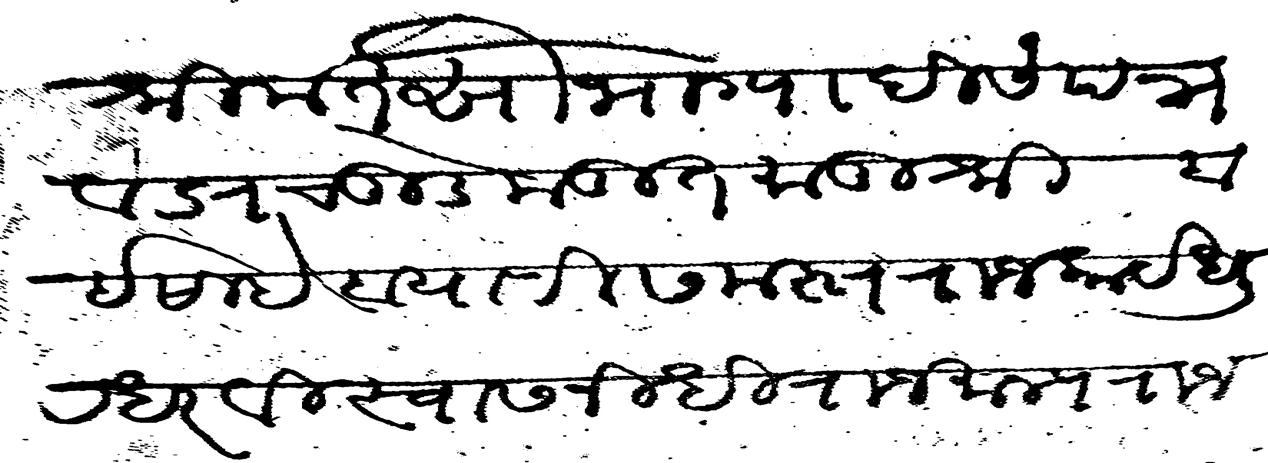
Transliteration (Devanagari): श्रीमंत सौभाग्यादि संपन्न वज्रचुडे मडित मातुश्री बाईसाहेब याणी समस्त राजकार्य धुरधर विस्वासनिधी राजमान्य राजश्री